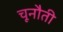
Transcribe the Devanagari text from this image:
चूनौती